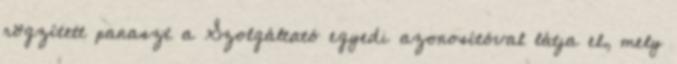
rögzített panaszt a Szolgáltató egyedi azonosítóval látja el, mely